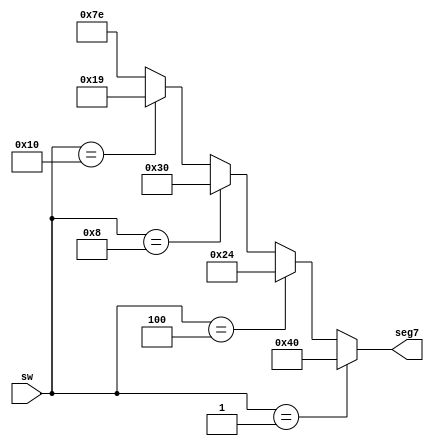
//////////////////////////////////////////////////////////////////////////////////
// Company:   Atlm University
// 
// Design Name: 
// Module Name:    SwitchEncoder 
// Project Name:   Switch Encoder
// Target Devices:   Digilent BASYS2
// Tool versions: 
// Description: 
//
// Dependencies: 
//
// Revision: 
// Revision 0.01 - File Created
// Additional Comments: 
//
//////////////////////////////////////////////////////////////////////////////////

`timescale 1ns / 1ps
module SwitchEncoder(
    input [4:0] sw,
    output reg [6:0] seg7
    );
always @ (sw)
	if(sw == 5'b00001) seg7 = 7'h40;
	else if (sw == 5'b00001) seg7 = 7'h79;
	else if (sw == 5'b00100) seg7 = 7'h24;
	else if (sw == 5'b01000) seg7 = 7'h30;
	else if (sw == 5'b10000) seg7 = 7'h19;
	else seg7 = 7'h7E;
endmodule